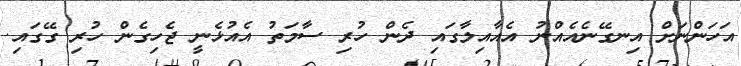
އަހަންނަށް އިނގޭނެއެއްނު އެއާއިލާގައި ދެން ހުރި ސާމަތު އެއުޅެނީ ޖެހިގެން ހުރި ގޭގައި.